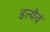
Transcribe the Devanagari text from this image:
इत्येवं